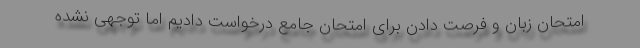
امتحان زبان و فرصت دادن برای امتحان جامع درخواست دادیم اما توجهی نشده